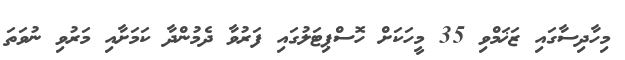
މިހާދިސާގައި ޒަޚަމްވި 35 މީހަކަށް ހޮސްޕިޓަލުގައި ފަރުވާ ދެމުންދާ ކަމަށާއި މަރުވި ނުވަތަ